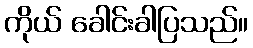
ကိုယ် ခေါင်းခါပြသည်။